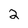
Character: 2